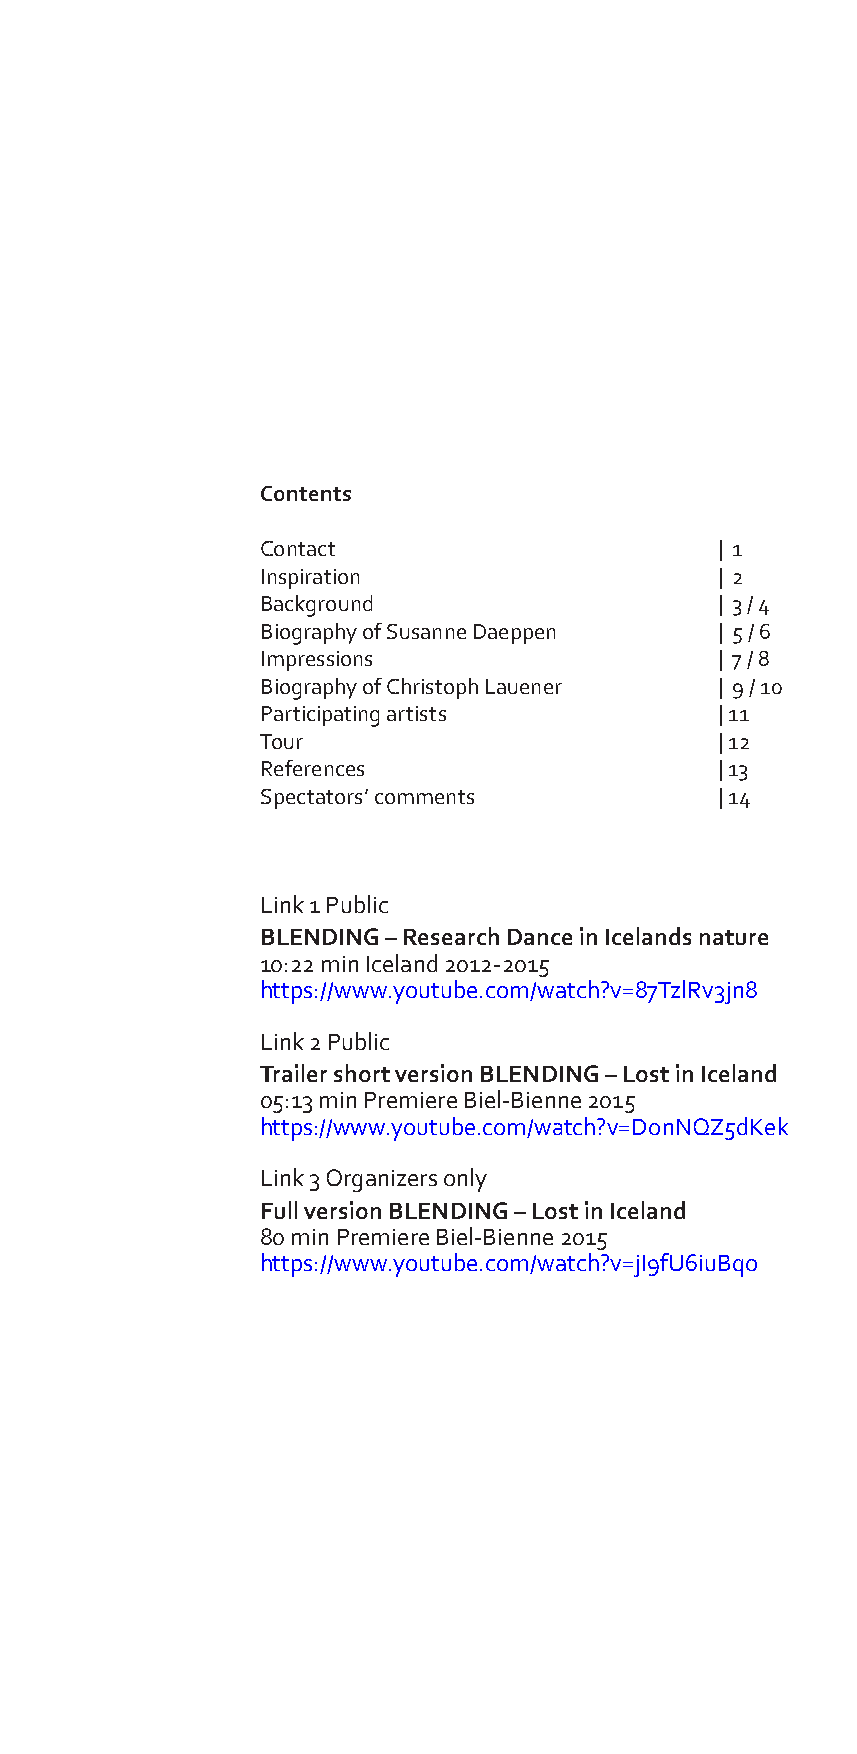
Contents
 Contact                        | 1
 Inspiration                    | 2
 Background                     | 3 / 4
 Biography of Susanne Daeppen   | 5 / 6
 Impressions                    | 7 / 8
 Biography of Christoph Lauener | 9 / 10
 Participating artists          | 11
 Tour                           | 12
 References                     | 13
 Spectators’ comments           | 14
 Link 1 Public
 BLENDING – Research Dance in Icelands nature
 10:22 min Iceland 2012-2015
 https://www.youtube.com/watch?v=87TzlRv3jn8
 Link 2 Public
 Trailer short version BLENDING – Lost in Iceland
 05:13 min Premiere Biel-Bienne 2015
 https://www.youtube.com/watch?v=DonNQZ5dKek
 Link 3 Organizers only
 Full version BLENDING – Lost in Iceland
 80 min Premiere Biel-Bienne 2015
 https://www.youtube.com/watch?v=jI9fU6iuBqo